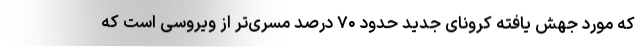
که مورد جهش یافته کرونای جدید حدود ۷۰ درصد مسری‌تر از ویروسی است که